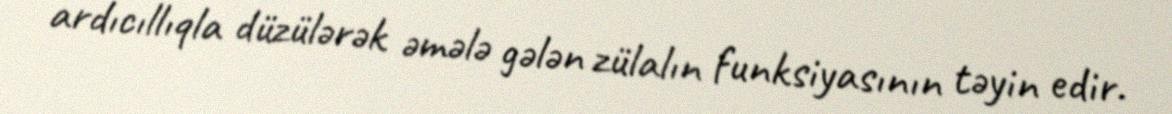
ardıcıllıqla düzülərək əmələ gələn zülalın funksiyasının təyin edir.